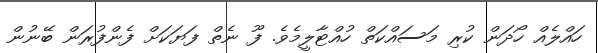
ހައްލެއް ހޯދަން ކުރި މަސައްކަތް ހުއްޓާލީމެވެ. ފޫ ނެތް ފަޔަކަށް ފެންފުރަން ބޭނުން